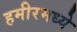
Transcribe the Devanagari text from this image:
हमीरमध्ये